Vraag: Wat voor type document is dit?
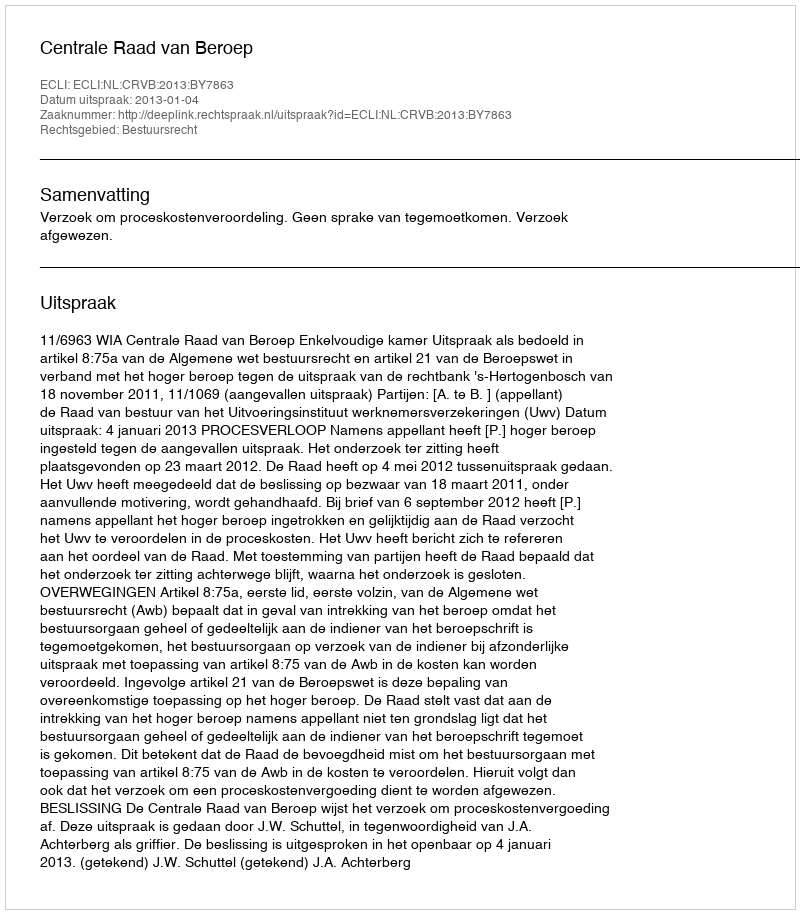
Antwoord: Uitspraak